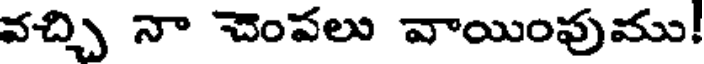
వచ్చి నా చెంపలు వాయింపుము!